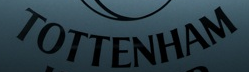
TOTTENHAM